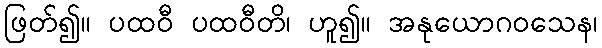
ဖြတ်၍။ ပထဝီ ပထဝီတိ၊ ဟူ၍။ အနုယောဂဝသေန၊